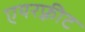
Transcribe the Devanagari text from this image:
एयरफ़्रीट